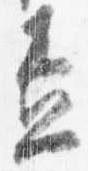
盃